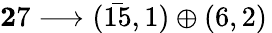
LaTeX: \mathbf 27\longrightarrow({\bar{15}},1)\oplus(6,2)\,